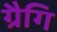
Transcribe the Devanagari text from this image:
ग्रैगि